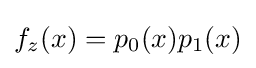
f_{z}(x)=p_{0}(x)p_{1}(x)